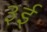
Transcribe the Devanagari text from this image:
३ई